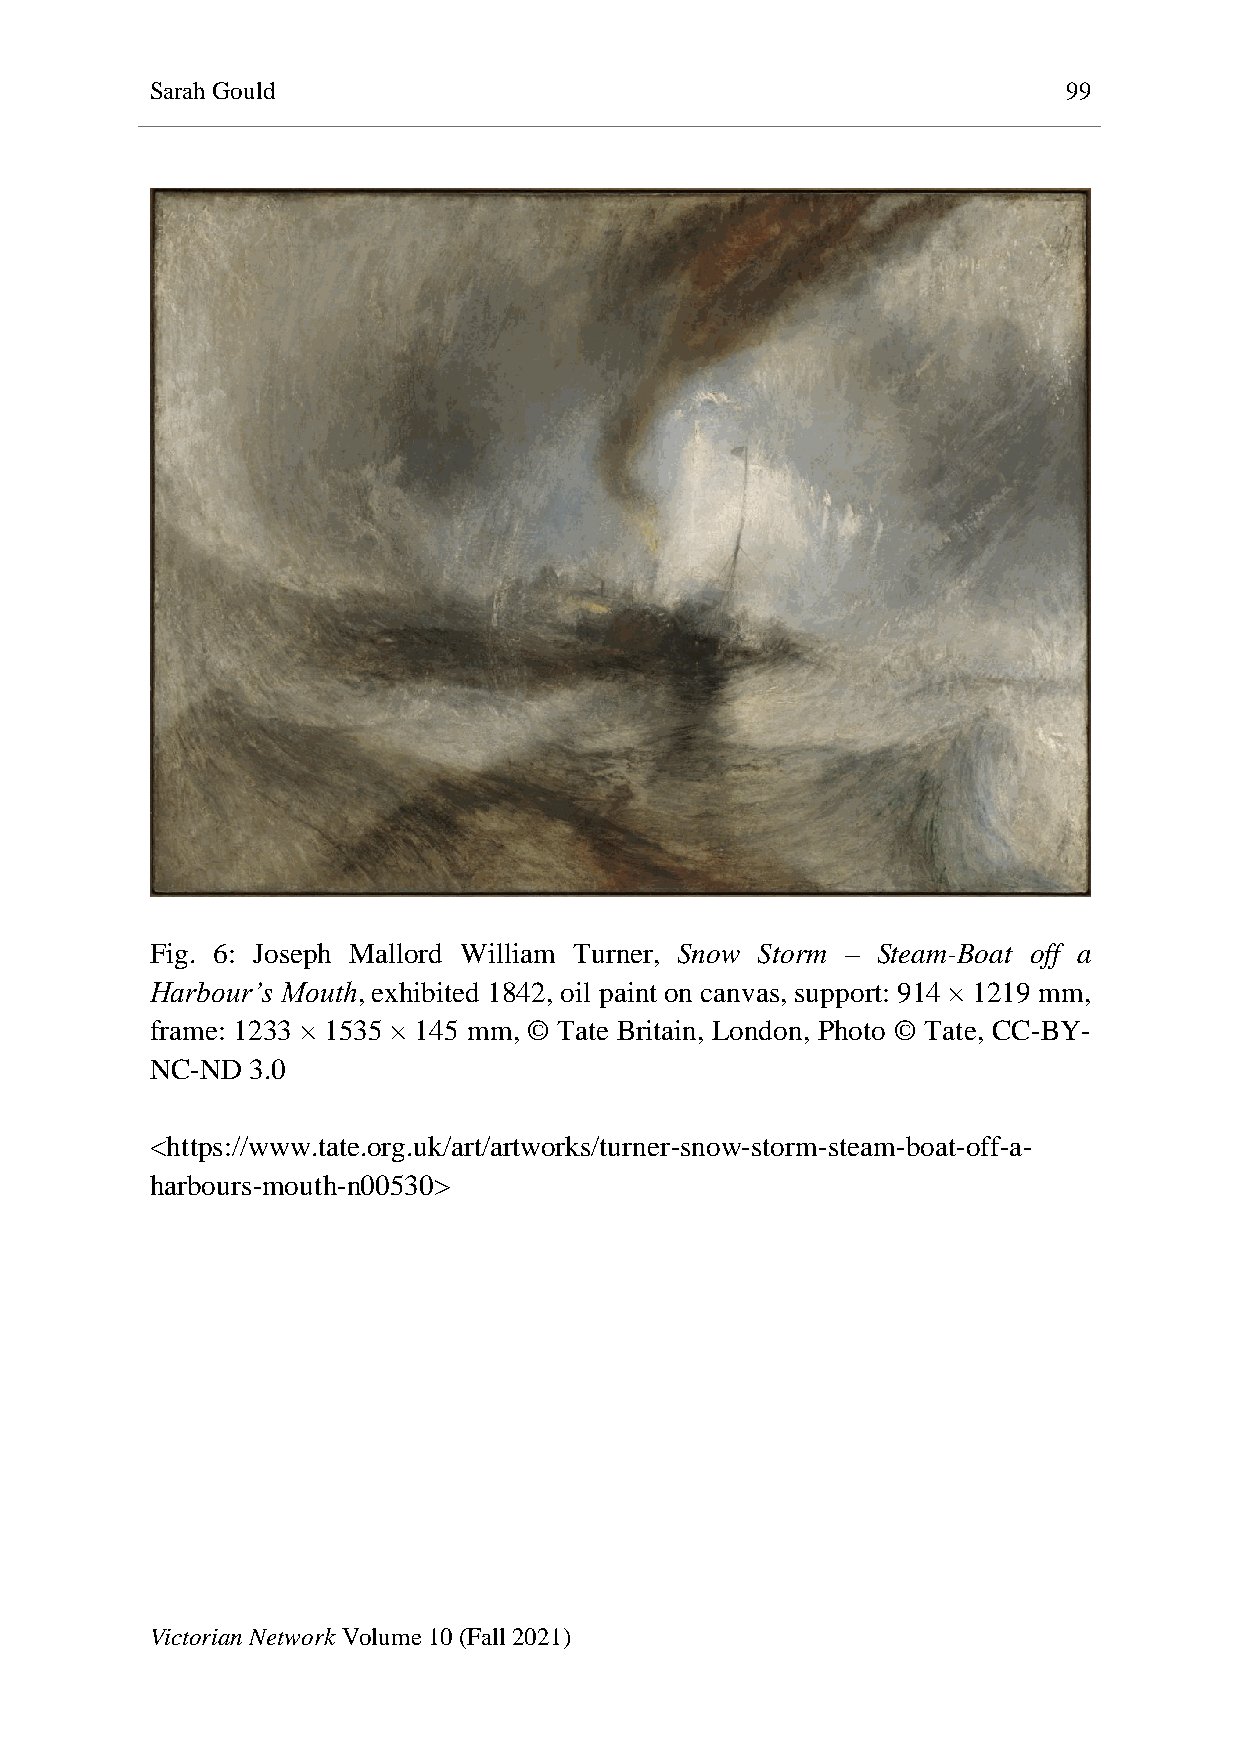
Sarah Gould                                                  99
 Fig. 6: Joseph Mallord William Turner, Snow Storm – Steam-Boat off a
 Harbour’s Mouth, exhibited 1842, oil paint on canvas, support: 914 × 1219 mm,
 frame: 1233 × 1535 × 145 mm, © Tate Britain, London, Photo © Tate, CC-BY-
 NC-ND 3.0
 <https://www.tate.org.uk/art/artworks/turner-snow-storm-steam-boat-off-a-
 harbours-mouth-n00530>
 Victorian Network Volume 10 (Fall 2021)